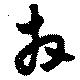
拜